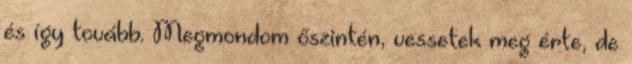
és így tovább. Megmondom őszintén, vessetek meg érte, de